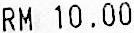
RM 10.00